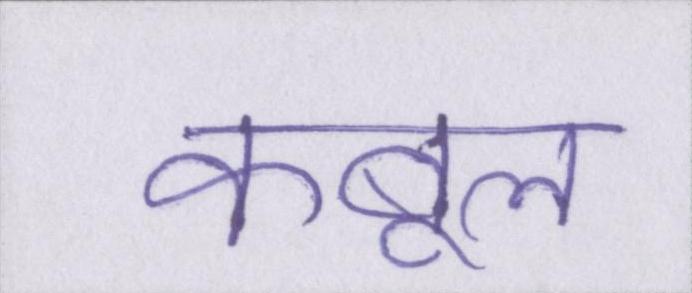
कबूल